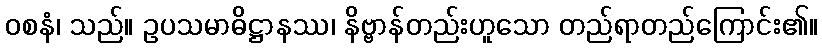
ဝစနံ၊ သည်။ ဥပသမာဓိဋ္ဌာနဿ၊ နိဗ္ဗာန်တည်းဟူသော တည်ရာတည်ကြောင်း၏။